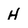
Character: H